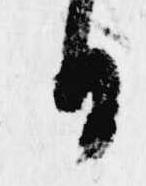
日